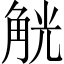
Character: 觥